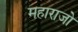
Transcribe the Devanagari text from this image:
महाराजो